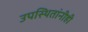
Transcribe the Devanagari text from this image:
उपस्थितांनीही